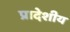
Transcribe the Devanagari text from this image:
प्रादेशीय